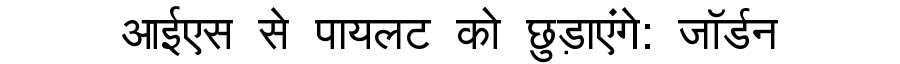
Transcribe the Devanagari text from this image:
आईएस से पायलट को छुड़ाएंगे: जॉर्डन